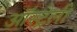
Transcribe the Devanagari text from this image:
ऑस्ट्रेली